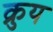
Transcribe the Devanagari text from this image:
क्रुय